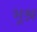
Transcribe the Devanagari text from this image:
भूश्न